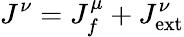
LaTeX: J^{\nu}=J_{f}^{\mu}+J_{\mathrm{ext}}^{\nu}